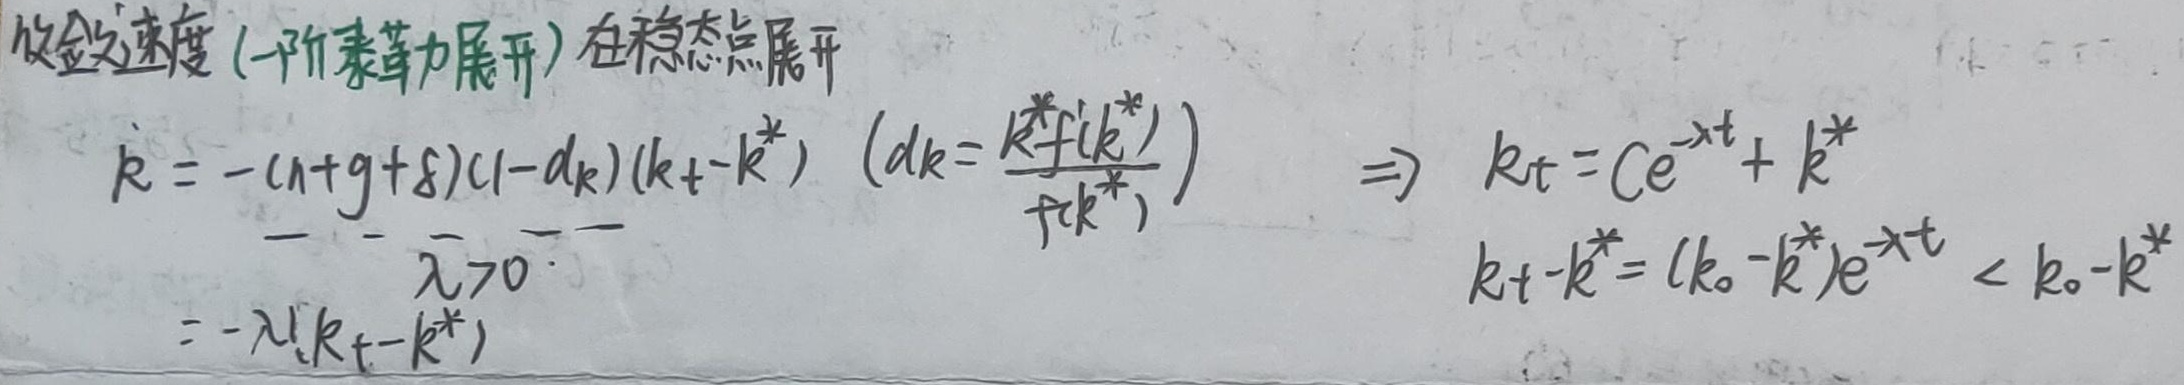
收敛速度 (一阶泰勒展开) 在稳态点展开
\[
\begin{align*}
\dot{k}&=-(n + g+\delta)(1 - d_k)(k_t - k^*) \quad (d_k=\frac{k^*f'(k^*)}{f(k^*)})\\
&=-\lambda(k_t - k^*) \quad (\lambda>0)\\
&\Rightarrow k_t = Ce^{-\lambda t}+k^*\\
&k_t - k^*=(k_0 - k^*)e^{-\lambda t}<k_0 - k^*
\end{align*}
\]